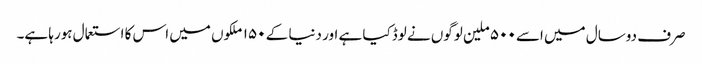
صرف دوسال میں اسے ۵۰۰ ملین لوگوں نے لوڈکیا ہے اور دنیا کے ۱۵۰ ملکوں میں اس کا استعمال ہورہا ہے۔